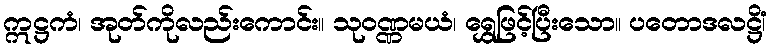
ဣဋ္ဌကံ၊ အုတ်ကိုလည်းကောင်း။ သုဝဏ္ဏမယံ၊ ရွှေဖြင့်ပြီးသော။ ပတောဒလဋ္ဌိံ၊